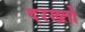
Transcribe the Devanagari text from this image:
दरख्तों